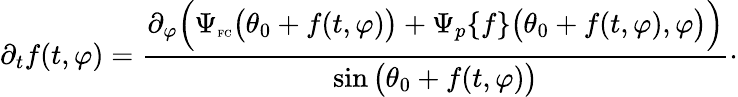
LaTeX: \partial_{t}f(t,\varphi)=\frac{\partial_{\varphi}\Big(\Psi_{\textnormal{\tiny{FC}}}\big(\theta_{0}+f(t,\varphi)\big)+\Psi_{p}\{ f\} \big(\theta_{0}+f(t,\varphi),\varphi\big)\Big)}{\sin\big(\theta_{0}+f(t,\varphi)\big)}\cdot